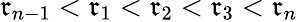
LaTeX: \mathfrak{r}_{n-1}<\mathfrak{r}_{1}<\mathfrak{r}_{2}<\mathfrak{r}_{3}<\mathfrak{r}_{n}